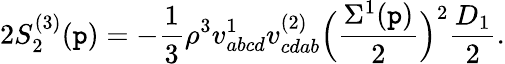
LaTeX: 2S_{2}^{(3)}(\mathtt{p})=-\frac{{1}}{{3}}\rho^{3}v_{abcd}^{1}v_{cdab}^{(2)}\Bigl(\frac{{\Sigma^{1}(\mathtt{p})}}{{2}}\Bigr)^{2}\frac{{D_{1}}}{{2}}.